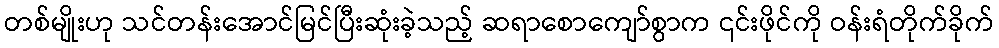
တစ်မျိုးဟု သင်တန်းအောင်မြင်ပြီးဆုံးခဲ့သည့် ဆရာစောကျော်စွာက ၎င်းဖိုင်ကို ဝန်းရံတိုက်ခိုက်